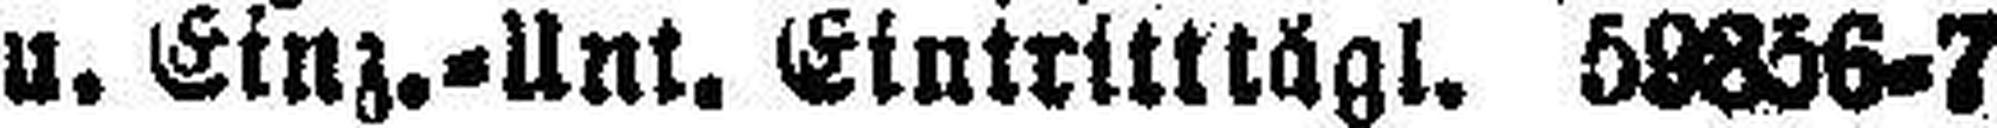
u. Einz.=Unt. Eintritttägl. 59856=7